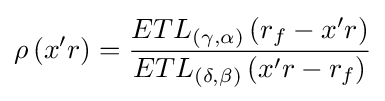
\rho \left({x'r}\right)={\frac {ET{L_{\left({\gamma ,\alpha }\right)}}\left({{r_{f}}-x'r}\right)}{ET{L_{\left({\delta ,\beta }\right)}}\left({x'r-{r_{f}}}\right)}}